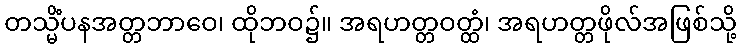
တသ္မိံပနအတ္တဘာဝေ၊ ထိုဘဝ၌။ အရဟတ္တဝတ္ထံ၊ အရဟတ္တဖိုလ်အဖြစ်သို့